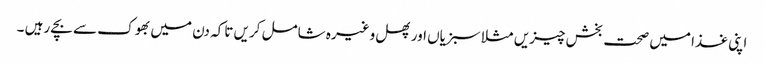
اپنی غذا میں صحت بخش چیزیں مثلا سبزیاں اور پھل وغیرہ شامل کریں تاکہ دن میں بھوک سے بچے رہیں ۔